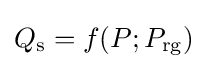
Q_{\text{s}}=f(P;P_{\text{rg}})